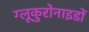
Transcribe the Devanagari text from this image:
ग्लूकुरोनाइडों